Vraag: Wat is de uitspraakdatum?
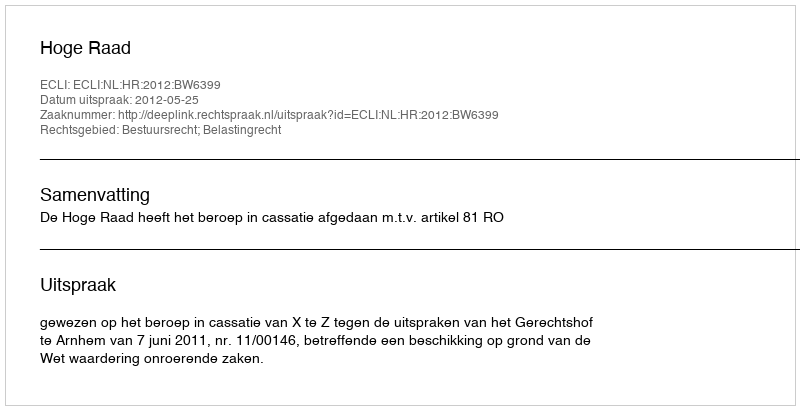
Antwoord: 2012-05-25